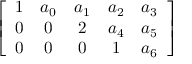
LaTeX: \left[ { \begin{array} { c c c c c } { 1 } & { a _ { 0 } } & { a _ { 1 } } & { a _ { 2 } } & { a _ { 3 } } \\ { 0 } & { 0 } & { 2 } & { a _ { 4 } } & { a _ { 5 } } \\ { 0 } & { 0 } & { 0 } & { 1 } & { a _ { 6 } } \end{array} } \right]